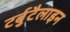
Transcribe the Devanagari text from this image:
टर्बुटैलाइन